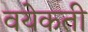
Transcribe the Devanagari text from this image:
वयेकती